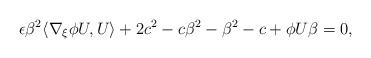
LaTeX: \begin{align*}\epsilon\beta^2\langle\nabla_{\xi}\phi U,U\rangle+2c^2-c\beta^2-\beta^2-c+\phi U\beta=0,\end{align*}